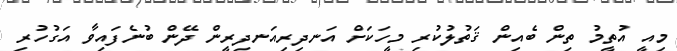
މިއީ އުތީމު ތިން ބެއިން ޤަތުލުކުރި މީހަކަށް އަނދިރިއަނދިރީން ދޭން ބުނެފައިވާ އަގުހުރި